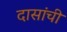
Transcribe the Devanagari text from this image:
दासांची